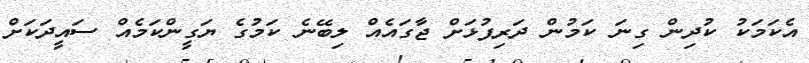
އެކަމަކު ކުދިން ގިނަ ކަމުން ދަރިފުޅަށް ޖާގައެއް ލިބޭނެ ކަމުގެ ޔަގީންކަމެއް ސައީދަކަށް